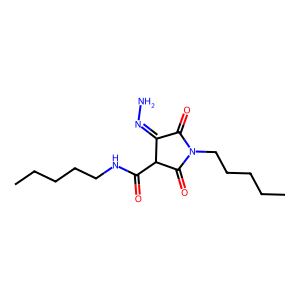
SMILES: CCCCCNC(=O)C1C(=O)N(CCCCC)C(=O)C1=NN
Inhibits HIV replication: No